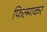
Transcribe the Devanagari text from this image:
फिल्माकर